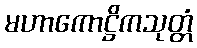
မဟာကောဋ္ဌိကသုတ္တံ